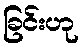
ခြင်းဟု